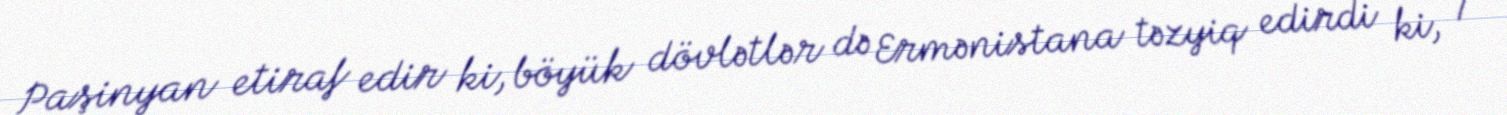
Paşinyan etiraf edir ki, böyük dövlətlər də Ermənistana təzyiq edirdi ki, 7